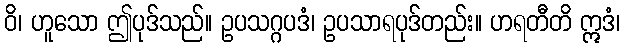
ဝိ၊ ဟူသော ဤပုဒ်သည်။ ဥပသဂ္ဂပဒံ၊ ဥပသာရပုဒ်တည်း။ ဟရတီတိ ဣဒံ၊